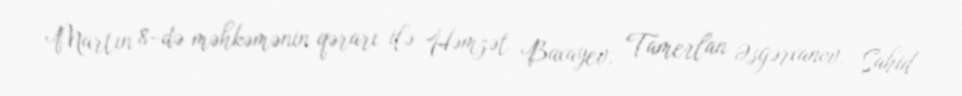
Martın 8-də məhkəmənin qərarı ilə Həmzət Baxayev, Tamerlan Əsgərxanov, Şahid